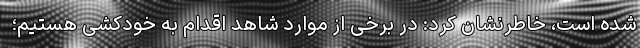
شده است، خاطرنشان کرد: در برخی از موارد شاهد اقدام به خودکشی هستیم؛